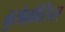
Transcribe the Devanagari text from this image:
ब्रुसेल्लोसिस